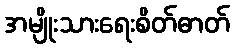
အမျိုးသားရေးစိတ်ဓာတ်